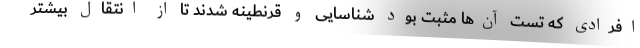
افرادی که تست آن‌ها مثبت بود شناسایی و قرنطینه شدند تا از انتقال بیشتر